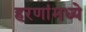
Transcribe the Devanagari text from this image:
हरणांमध्ये